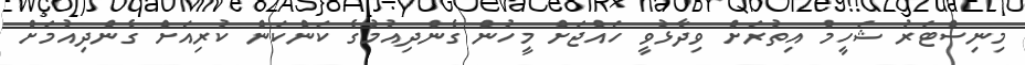
މިނިސްޓަރު ޝަހީމް އިތުރަށް ވިދާޅުވީ ހައްޖަށް މީހުން ގެންދިއުމުގެ ކަންކަން ކުރިއަށް ގެންދިއުމަށް